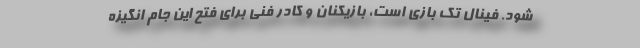
شود. فینال تک بازی است، بازیکنان و کادر فنی برای فتح این جام انگیزه